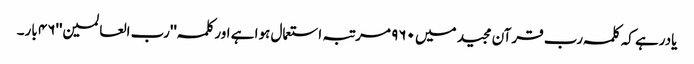
یادرہے کہ کلمہ رب قرآن مجید میں ٩٦٠ مرتبہ استعمال ہوا ہے اورکلمہ ''رب العالمین''٤٦ بار۔